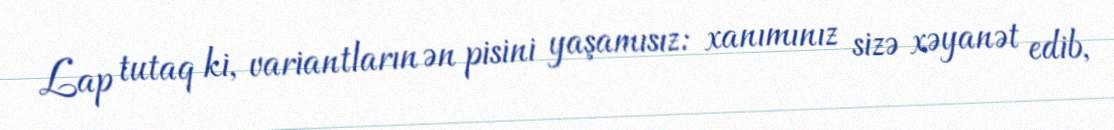
Lap tutaq ki, variantların ən pisini yaşamısız: xanımınız sizə xəyanət edib,